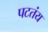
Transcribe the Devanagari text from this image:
पटतंय